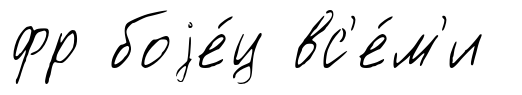
фр боjе́ц вс'е́м'и